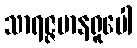
သာရဇ္ဇမာနရူပေါ